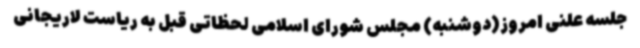
جلسه علنی امروز(دوشنبه) مجلس شورای اسلامی لحظاتی قبل به ریاست لاریجانی